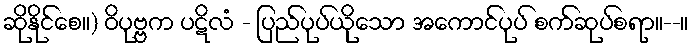
ဆိုနိုင်စေ။) ဝိပုဗ္ဗက ပဋိလံ - ပြည်ပုပ်ယိုသော အကောင်ပုပ် စက်ဆုပ်စရာ။--။